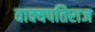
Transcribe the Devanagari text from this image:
वाक्यपतिराज